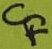
Text: CF